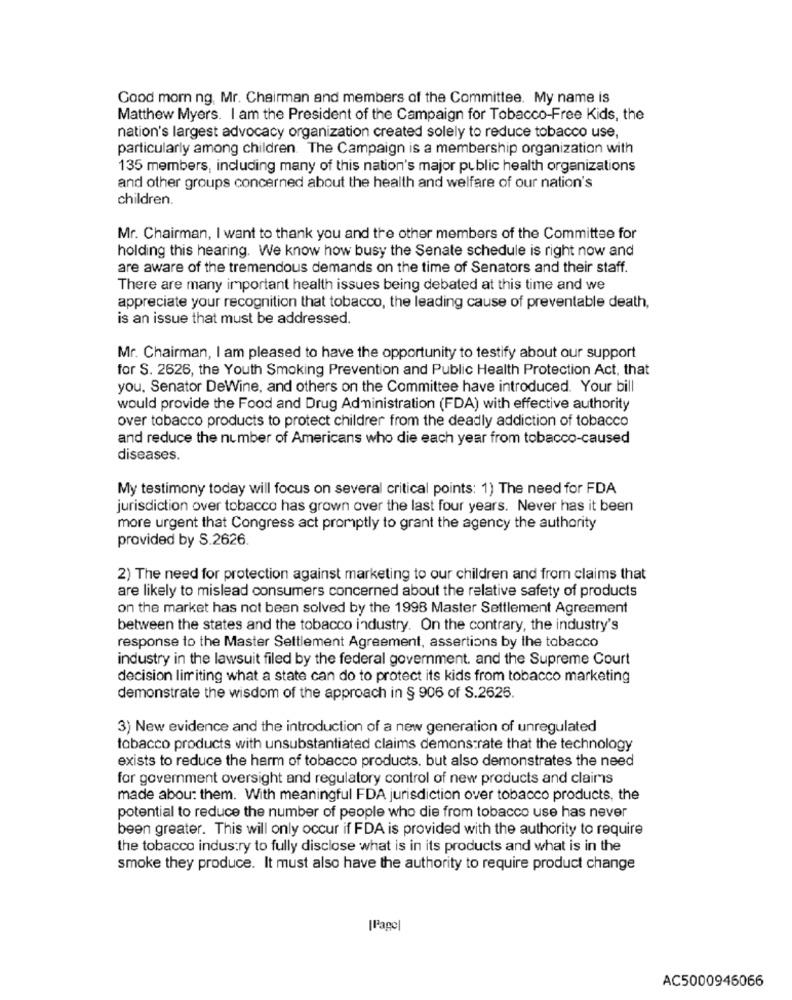
Good morn ng, Mr. Chairman and members of the Committee. My name is
Matthew Myers. I am the President of the Campaign for Tobacco-Free Kids, the
nation's largest advocacy organization created solely to reduce tobacco use,
particularly among children. The Campaign is a membership organization with
135 members, including many of this nation's major public health organizations
and other groups concerned about the health and welfare of our nation's
children.
Mr. Chairman, I want to thank you and the other members of the Committee for
holding this hearing. We know how busy the Senate schedule is right now and
are aware of the tremendous demands on the time of Senators and their staff.
There are many important health issues being debated at this time and we
appreciate your recognition that tobacco, the leading cause of preventable death,
is an issue that must be addressed.
Mr. Chairman, I am pleased to have the opportunity to testify about our support
for S. 2626, the Youth Smoking Prevention and Public Health Protection Act, that
you. Senator DeWine, and others on the Committee have introduced. Your bill
would provide the Food and Drug Administration (FDA) with effective authority
over tobacco products to protect childrer from the deadly addiction of tobacco
and reduce the number of Americans who die each year from tobacco-caused
diseases.
My testimony today will focus on several critical points: 1) The need for FDA
jurisdiction over tobacco has grown over the last four years. Never has it been
more urgent that Congress act promptly to grant the agency the authority
provided by S.2626.
2) The need for protection against marketing to our children and from claims that
are likely to mislead consumers concerned about the relative safety of products
on the market has not been solved by the 1998 Master Settlement Agreement
between the states and the tobacco industry. On the contrary, the industry's
response to the Master Settlement Agreement, assertions by the tobacco
industry in the lawsuit filed by the federal government. and the Supreme Court
decision limiting what a state can do to protect its kids from tobacco marketing
demonstrate the wisdom of the approach in § 906 of S.2626.
3) New evidence and the introduction of a new generation of unregulated
tobacco products with unsubstantiated claims demonstrate that the technology
exists to reduce the harm of tobacco products. but also demonstrates the need
for government oversight and regulatory control of new products and claims
made abou: them. With meaningful FDA jurisdiction over tobacco products, the
potential to reduce the number of people who die from tobacco use has never
been greater. This will only occur if FDA is provided with the authority to require
the tobacco industry to fully disclose what is in its products and what is in the
smoke they produce. It must also have the authority to require product change
[Page]
AC5000946066